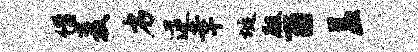
借麦劣逆幸埏殿酉益